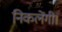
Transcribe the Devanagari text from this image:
निकलेंगी।